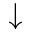
\downarrow